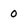
Character: 0